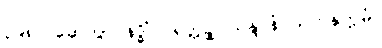
၃၉၈။ ဆေတွာ နဒ္ဓိံ ဝရတ္တဉ္စ၊ သန္ဒာနံ သဟနုက္ကမံ။